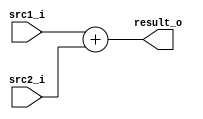
`timescale 1ns / 1ps

module Adder(
	src1_i,
	src2_i,
	result_o
);

//Input and output
input [32-1:0] src1_i , src2_i;
output [32-1:0] result_o;

//Internal signals
wire [32-1:0] result_o;

//Main function
assign result_o = src1_i + src2_i;

endmodule